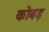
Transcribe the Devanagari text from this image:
कोबड़